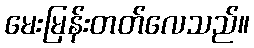
မေးမြန်းတတ်လေသည်။